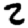
Digit: 2